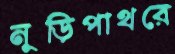
নুড়িপাথরে